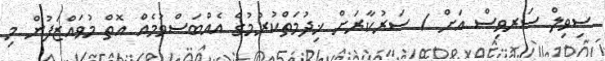
ސިވިލް ސަރވިސް އަށް / ސަރުކާރަށް ޚިދުމަތްކުރުމުގެ އެއްބަސްވުމެއް އޮތް މުވައްޒަފުން މި